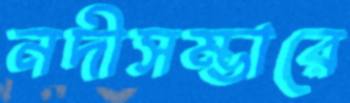
নদীসম্ভারে